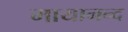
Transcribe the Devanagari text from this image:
मायानन्द